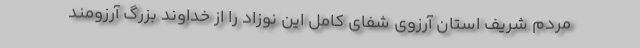
مردم شریف استان آرزوی شفای کامل این نوزاد را از خداوند بزرگ آرزومند